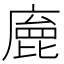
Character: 𢊩